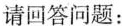
请回答问题：